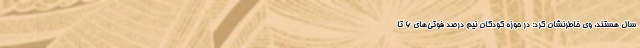
سال هستند. وی خاطرنشان کرد: در حوزه کودکان نیم درصد فوتی‌های ۶ تا